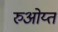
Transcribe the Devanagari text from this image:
रुओय्त